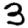
Digit: 3